Report on vaccination in Madras 1895-1903 - 1895-1903
Year: 1895
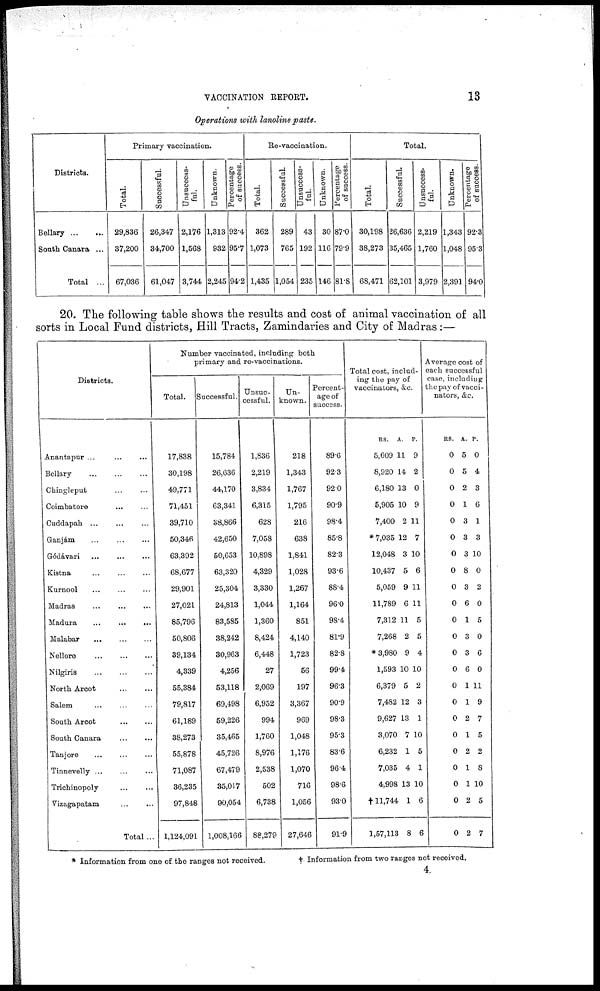
VACCINATION REPORT.
13
Operations with lanoline paste.
Districts.
Bellary...
...
South Canara...
Total ...
Primary vaccination.
Total.
29,836
37,200
67,036
Successful.
26,347
34,700
61,047
Unsuccess-
ful.
2,176
1,568
3,744
Unknown.
1,313
932
2,245
Percentage
of success.
92.4
95.7
94.2
Re-vaccination.
Total.
362
1,073
1,435
Successful.
289
765
1,054
Unsuccess-
ful.
43
192
235
Unknown.
30
116
146
Percentage
of success.
87.0
79.9
81.8
Total.
Total.
30,198
38,273
68,471
Successful.
26,636
35,465
62,101
Unsuccess-
ful.
2,219
1,760
3,979
Unknown.
1,343
1,048
2,391
Percentage
of success.
92.3
95.3
94.0
20. The following table shows the results and cost of animal vaccination of all
sorts in Local Fund districts, Hill Tracts, Zamindaries and City of Madras:—
Districts.
Anantapur... ... ...
Bellary... ... ...
Chingleput... ...
Coimbatore... ...
Cuddapah...
...
...
Ganjám... ... ...
Gódávari... ... ...
Kistna...
...
...
Kurnool... ... ...
Madras... ... ...
Madura...
...
...
Malabar...
...
...
Nellore... ... ...
Nilgiris...
...
...
North
Arcot...
...
Salem... ... ...
South
Arcot...
...
South
Canara...
...
Tanjore... ... ...
Tinnevelly...
...
...
Trichinopoly... ...
Vizagapatam... ...
Total ...
Number vaccinated, including both
primary and re-vaccinations.
Total.
17,838
30,198
49,771
71,451
39,710
50,346
63,392
68,677
29,901
27,021
85,796
50,806
39,134
4,339
55,384
79,817
61,189
38,273
55,878
71,087
36,235
97,848
1,124,091
Successful.
15,784
26,636
44,170
63,341
38,866
42,650
50,653
63,320
25,304
24,813
83,585
38,242
30,963
4,256
53,118
69,498
59,226
35,465
45,726
67,479
35,017
90,054
1,008,166
Unsuc-
cessful.
1,836
2,219
3,834
6,315
628
7,058
10,898
4,329
3,330
1,044
1,360
8,424
6,448
27
2,069
6,952
994
1,760
8,976
2,538
502
6,738
88,279
Un-
known.
218
1,343
1,767
1,795
216
638
1,841
1,028
1,267
1,164
851
4,140
1,723
56
197
3,367
969
1,048
1,176
1,070
716
1,056
27,646
Percent-
age of
success.
89.6
92.3
92.0
90.9
98.4
85.8
82.3
93.6
88.4
96.0
98.4
81.9
82.8
99.4
96.3
90.9
98.3
953
83.6
96.4
98.6
93.0
91.9
Total cost, includ-
ing the pay of
vaccinators, &c.
RS.
5,609
8,920
6,180
5,905
7,400
* 7,035
12,048
10,437
5,059
11,789
7,312
7,268
* 3,980
1,593
6,379
7,482
9,627
3,070
6,232
7,035
4,998
†11,744
1,57,113
A.
11
14
13
10
2
12
3
5
9
6
11
2
9
10
5
12
13
7
1
4
13
1
8
P.
9
2
0
9
11
7
10
6
11
11
5
5
4
10
2
3
1
10
5
1
10
6
6
Average cost of
each successful
case, including
the pay of vacci-
nators, &c.
RS.
0
0
0
0
0
0
0
0
0
0
0
0
0
0
0
0
0
0
0
0
0
0
0
A.
5
5
2
1
3
3
3
8
3
6
1
3
3
6
1
1
2
1
2
1
1
2
2
P.
0
4
3
6
1
3
10
0
2
0
5
0
6
0
11
9
7
5
2
8
10
5
7
* Information from one of the ranges not received.
† Information from two ranges not received.
4.